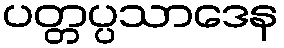
ပတ္တပ္ပသာဒေန